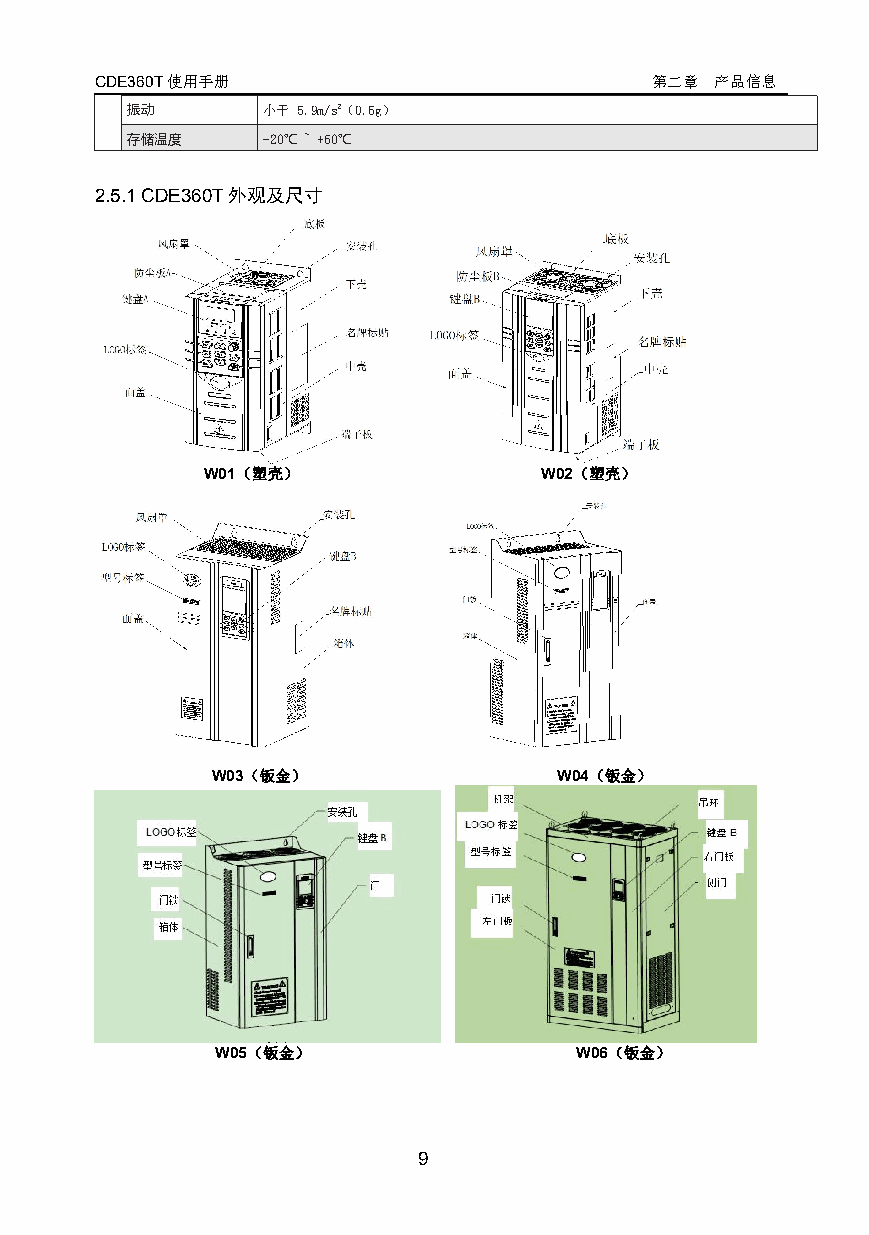
CDE360T使用手册                          第二章 产品信息
 振动       小于 5.9m/s2（0.6g）
 存储温度     -20℃~ +60℃
 2.5.1CDE360T外观及尺寸
 W01（塑壳）                W02（塑壳）
 W03（钣金）                W04（钣金）
 W05（钣金）                 W06（钣金）
 9